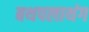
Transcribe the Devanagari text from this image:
बथपलाथंग